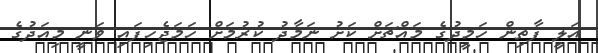
އަލީ ފާތިން ހަމީދުގެ މައްޗަށް ކަށު ނަމާދު ކުރުމަށް ހަމަޖެހިފައި ވަނީ މިއަދުގެ